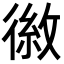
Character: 𪫕